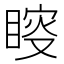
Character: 𥈟